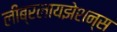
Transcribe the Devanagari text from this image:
लीब्रलायझेशन्स